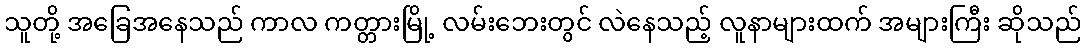
သူတို့ အခြေအနေသည် ကာလ ကတ္တားမြို့ လမ်းဘေးတွင် လဲနေသည့် လူနာများထက် အများကြီး ဆိုသည်